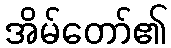
အိမ်တော်၏